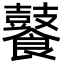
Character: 𮩑